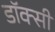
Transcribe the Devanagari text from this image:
डॉक्सी